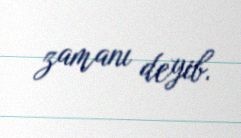
zamanı deyib.